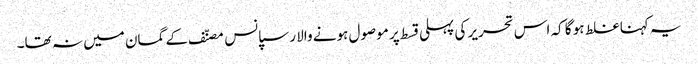
یہ کہنا غلط ہو گا کہ اس تحریر کی پہلی قسط پر موصول ہونے والا رسپانس مصنّف کے گمان میں نہ تھا۔